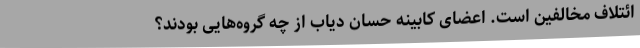
ائتلاف مخالفین است. اعضای کابینه حسان دیاب از چه گروه‌هایی بودند؟